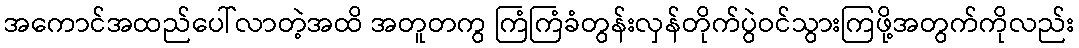
အကောင်အထည်ပေါ်လာတဲ့အထိ အတူတကွ ကြံကြံခံတွန်းလှန်တိုက်ပွဲဝင်သွားကြဖို့အတွက်ကိုလည်း